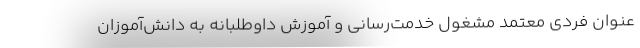
عنوان فردی معتمد مشغول خدمت‌رسانی و آموزش داوطلبانه به دانش‌آموزان